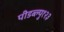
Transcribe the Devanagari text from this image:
पीडब्ल्यु१२३